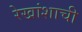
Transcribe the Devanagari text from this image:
रेखांशाची